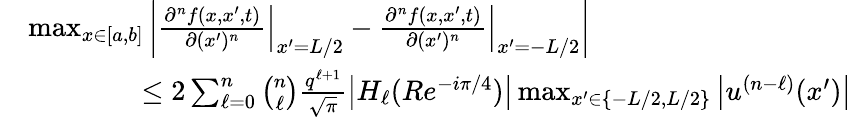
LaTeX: \begin{array}{rl}&{\operatorname*{max}_{x\in[a,b]}\bigg|\frac{\partial^{n}f(x,x^{\prime},t)}{\partial(x^{\prime})^{n}}\Big|_{x^{\prime}=L/2}-\frac{\partial^{n}f(x,x^{\prime},t)}{\partial(x^{\prime})^{n}}\Big|_{x^{\prime}=-L/2}\bigg|}\\ &{\qquad\qquad\leq 2\sum_{\ell=0}^{n}\binom{n}{\ell}\frac{q^{\ell+1}}{\sqrt{\pi}}\big|H_{\ell}(Re^{-i\pi/4})\big|\operatorname*{max}_{x^{\prime}\in\{ -L/2,L/2\} }\big|u^{(n-\ell)}(x^{\prime})\big|}\end{array}